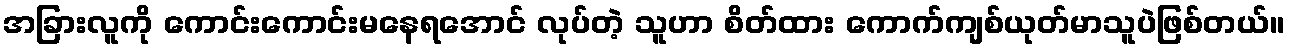
အခြားလူကို ကောင်းကောင်းမနေရအောင် လုပ်တဲ့ သူဟာ စိတ်ထား ကောက်ကျစ်ယုတ်မာသူပဲဖြစ်တယ်။